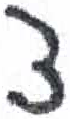
אות: צ